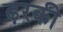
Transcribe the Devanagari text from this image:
ढ़रकी